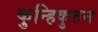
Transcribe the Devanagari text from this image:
कुन्हिकुत्तन